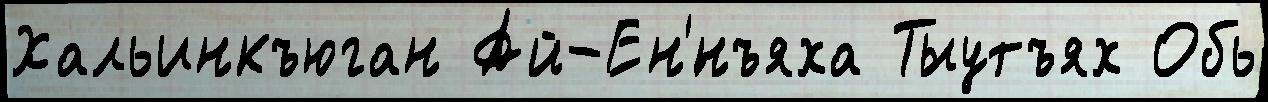
Хальинкъюган Ай-Ен'́нъяха Тыутъях Обь